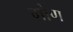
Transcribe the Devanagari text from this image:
गोण